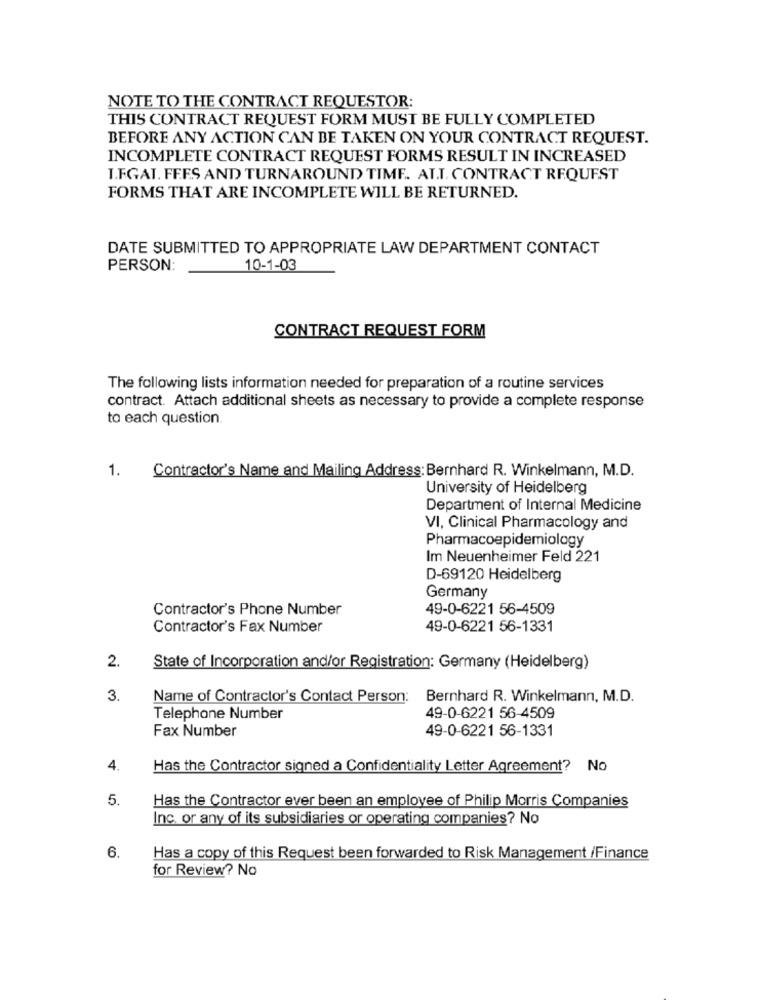
NOTE TO THE CONTRACT REQUESTOR:
THIS CONTRACT REQUEST FORM MUST BE FULLY COMPLETED
BEFORE ANY ACTION CAN BE TAKEN ON YOUR CONTRACT REQUEST.
INCOMPLETE CONTRACT REQUEST FORMS RESULT IN INCREASED
I.FGAL. FEES AND TURNAROUND TIME. ALT. CONTRACT REQUEST
FORMS THAT ARE INCOMPLETE WILL BE RETURNED.
DATE SUBMITTED TO APPROPRIATE LAW DEPARTMENT CONTACT
PERSON:
10-1-03
CONTRACT REQUEST FORM
The following lists information needed for preparation of a routine services
contract. Attach additional sheets as necessary to provide a complete response
to each question
1.
Contractor's Name and Mailing Address: Bernhard R. Winkelmann, M.D.
University of Heidelberg
Department of Internal Medicine
VI, Clinical Pharmacology and
Pharmacoepidemiology
Im Neuenheimer Feld 221
D-69120 Heidelberg
Germany
Contractor's Phone Number
49-0-6221 56-4509
Contractor's Fax Number
49-0-6221 56-1331
2.
State of Incorporation and/or Registration: Germany (Heidelberg)
3.
Name of Contractor's Contact Person:
Bernhard R. Winkelmann, M.D.
Telephone Number
49-0-6221 56-4509
Fax Number
49-0-6221 56-1331
4.
Has the Contractor signed a Confidentiality Letter Agreement? No
5.
Has the Contractor ever been an employee of Philip Morris Companies
Inc. or any of its subsidiaries or operating companies? No
6.
Has a copy of this Request been forwarded to Risk Management /Finance
for Review? No